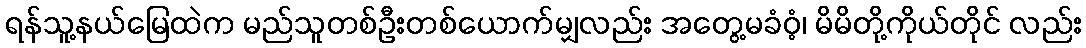
ရန်သူ့နယ်မြေထဲက မည်သူတစ်ဦးတစ်ယောက်မျှလည်း အတွေ့မခံဝံ့၊ မိမိတို့ကိုယ်တိုင် လည်း